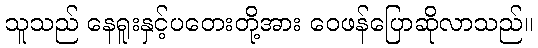
သူသည် နေရူးနှင့်ပတေးတို့အား ဝေဖန်ပြောဆိုလာသည်။